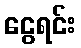
ငွေရင်း